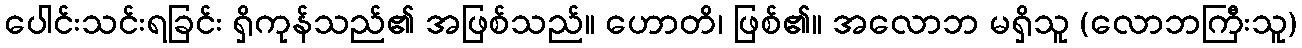
ပေါင်းသင်းရခြင်း ရှိကုန်သည်၏ အဖြစ်သည်။ ဟောတိ၊ ဖြစ်၏။ အလောဘ မရှိသူ (လောဘကြီးသူ)